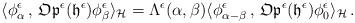
LaTeX: \begin{align*}\langle\phi^{\epsilon}_\alpha\,,\,\mathfrak{Op}^\epsilon(\mathfrak h^\epsilon)\phi^{\epsilon}_\beta\rangle_{\mathcal{H}}=\Lambda^\epsilon(\alpha,\beta)\langle\phi^{\epsilon}_{\alpha-\beta}\,,\,\mathfrak{Op}^\epsilon(\mathfrak h^\epsilon)\phi^{\epsilon}_0 \rangle_{\mathcal{H}}\,.\end{align*}